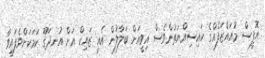
އޮފީސް މުއައްޒަފެއްގެ ހައިސިއްޔަތުންވެސް އިވީއަށް ބަލާލުން އެއީ ޒައިކް އަށް އުނދަގޫ ކަމަކަށްވެފައިވާ